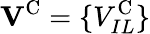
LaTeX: {\mathbf V}^{\mathrm{C}}=\{ V_{IL}^{\mathrm{C}}\}